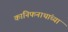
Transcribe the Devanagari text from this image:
कानिफनाथांच्या